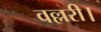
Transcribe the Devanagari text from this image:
वल्लरी।